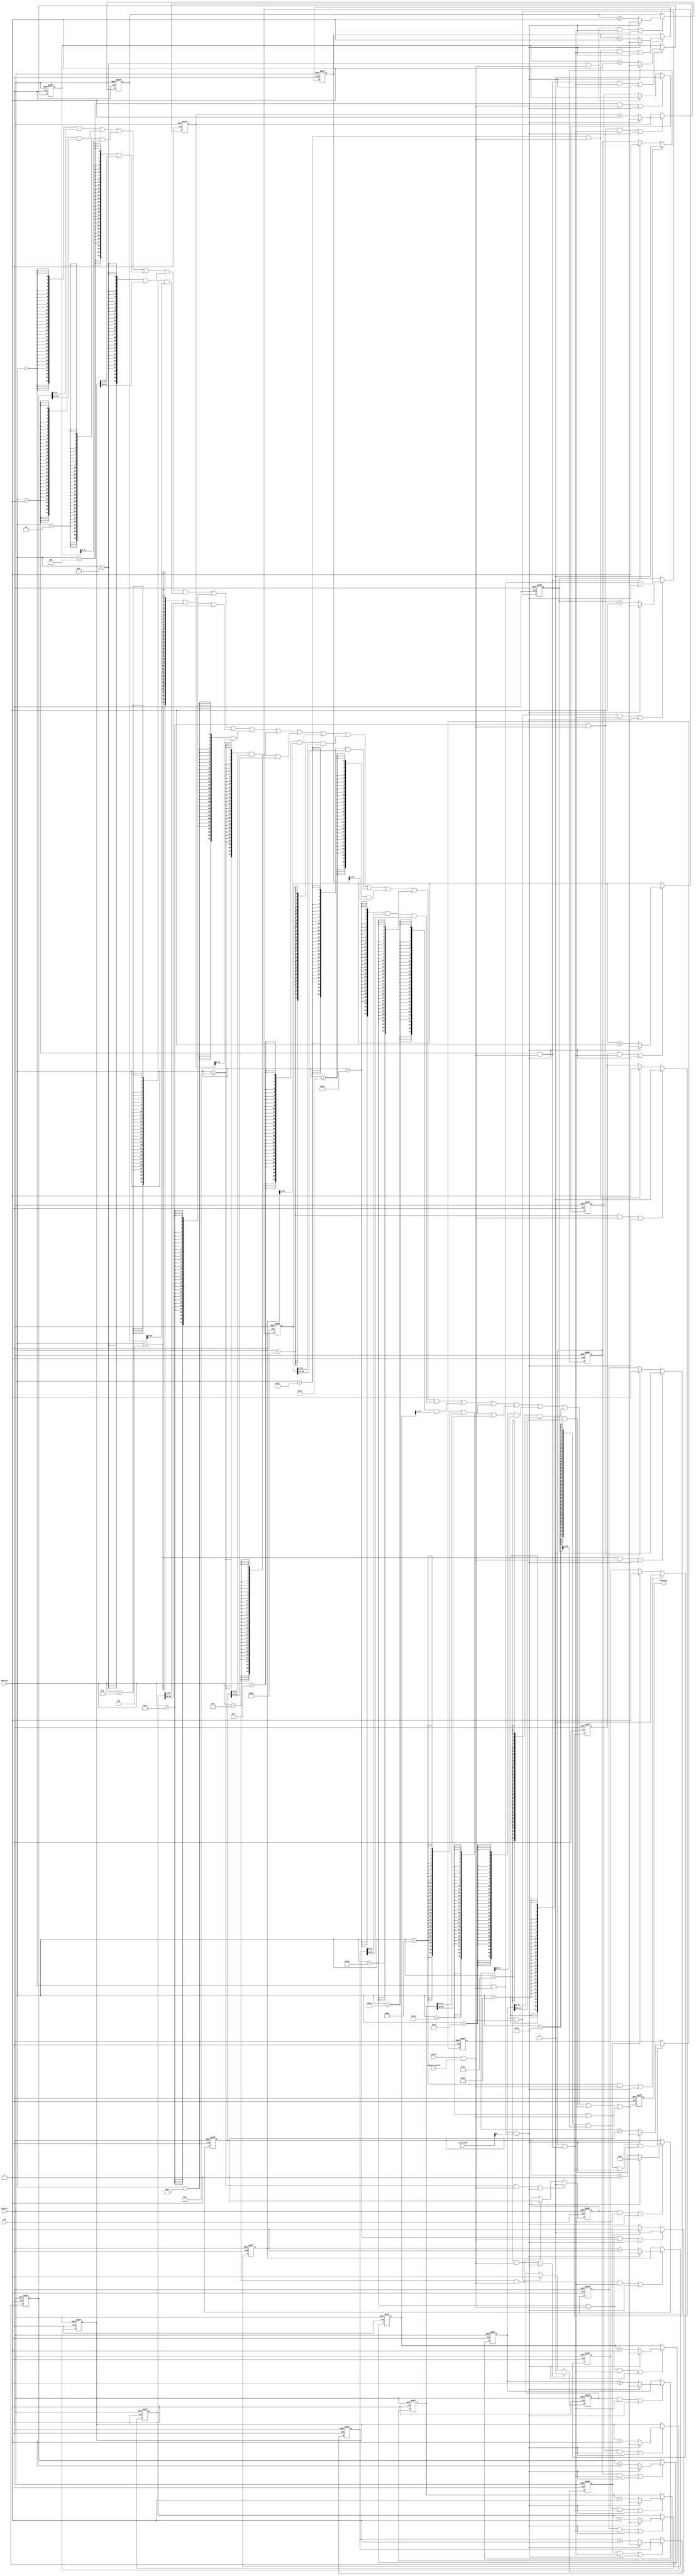
//Legal Notice: (C)2019 Altera Corporation. All rights reserved.  Your
//use of Altera Corporation's design tools, logic functions and other
//software and tools, and its AMPP partner logic functions, and any
//output files any of the foregoing (including device programming or
//simulation files), and any associated documentation or information are
//expressly subject to the terms and conditions of the Altera Program
//License Subscription Agreement or other applicable license agreement,
//including, without limitation, that your use is for the sole purpose
//of programming logic devices manufactured by Altera and sold by Altera
//or its authorized distributors.  Please refer to the applicable
//agreement for further details.

// synthesis translate_off
`timescale 1ns / 1ps
// synthesis translate_on

// turn off superfluous verilog processor warnings 
// altera message_level Level1 
// altera message_off 10034 10035 10036 10037 10230 10240 10030 

module nios_system_performance_counter_0 (
                                           // inputs:
                                            address,
                                            begintransfer,
                                            clk,
                                            reset_n,
                                            write,
                                            writedata,

                                           // outputs:
                                            readdata
                                         )
;

  output  [ 31: 0] readdata;
  input   [  4: 0] address;
  input            begintransfer;
  input            clk;
  input            reset_n;
  input            write;
  input   [ 31: 0] writedata;


wire             clk_en;
reg     [ 63: 0] event_counter_0;
reg     [ 63: 0] event_counter_1;
reg     [ 63: 0] event_counter_2;
reg     [ 63: 0] event_counter_3;
reg     [ 63: 0] event_counter_4;
reg     [ 63: 0] event_counter_5;
reg     [ 63: 0] event_counter_6;
reg     [ 63: 0] event_counter_7;
wire             global_enable;
wire             global_reset;
wire             go_strobe_0;
wire             go_strobe_1;
wire             go_strobe_2;
wire             go_strobe_3;
wire             go_strobe_4;
wire             go_strobe_5;
wire             go_strobe_6;
wire             go_strobe_7;
wire    [ 31: 0] read_mux_out;
reg     [ 31: 0] readdata;
wire             stop_strobe_0;
wire             stop_strobe_1;
wire             stop_strobe_2;
wire             stop_strobe_3;
wire             stop_strobe_4;
wire             stop_strobe_5;
wire             stop_strobe_6;
wire             stop_strobe_7;
reg     [ 63: 0] time_counter_0;
reg     [ 63: 0] time_counter_1;
reg     [ 63: 0] time_counter_2;
reg     [ 63: 0] time_counter_3;
reg     [ 63: 0] time_counter_4;
reg     [ 63: 0] time_counter_5;
reg     [ 63: 0] time_counter_6;
reg     [ 63: 0] time_counter_7;
reg              time_counter_enable_0;
reg              time_counter_enable_1;
reg              time_counter_enable_2;
reg              time_counter_enable_3;
reg              time_counter_enable_4;
reg              time_counter_enable_5;
reg              time_counter_enable_6;
reg              time_counter_enable_7;
wire             write_strobe;
  //control_slave, which is an e_avalon_slave
  assign clk_en = -1;
  assign write_strobe = write & begintransfer;
  always @(posedge clk or negedge reset_n)
    begin
      if (reset_n == 0)
          time_counter_0 <= 0;
      else if ((time_counter_enable_0 & global_enable) | global_reset)
          if (global_reset)
              time_counter_0 <= 0;
          else 
            time_counter_0 <= time_counter_0 + 1;
    end


  always @(posedge clk or negedge reset_n)
    begin
      if (reset_n == 0)
          event_counter_0 <= 0;
      else if ((go_strobe_0 & global_enable) | global_reset)
          if (global_reset)
              event_counter_0 <= 0;
          else 
            event_counter_0 <= event_counter_0 + 1;
    end


  assign stop_strobe_0 = (address == 0) && write_strobe;
  assign go_strobe_0 = (address == 1) && write_strobe;
  always @(posedge clk or negedge reset_n)
    begin
      if (reset_n == 0)
          time_counter_enable_0 <= 0;
      else if (clk_en)
          if (stop_strobe_0 | global_reset)
              time_counter_enable_0 <= 0;
          else if (go_strobe_0)
              time_counter_enable_0 <= -1;
    end


  assign global_enable = time_counter_enable_0 | go_strobe_0;
  assign global_reset = stop_strobe_0 && writedata[0];
  always @(posedge clk or negedge reset_n)
    begin
      if (reset_n == 0)
          time_counter_1 <= 0;
      else if ((time_counter_enable_1 & global_enable) | global_reset)
          if (global_reset)
              time_counter_1 <= 0;
          else 
            time_counter_1 <= time_counter_1 + 1;
    end


  always @(posedge clk or negedge reset_n)
    begin
      if (reset_n == 0)
          event_counter_1 <= 0;
      else if ((go_strobe_1 & global_enable) | global_reset)
          if (global_reset)
              event_counter_1 <= 0;
          else 
            event_counter_1 <= event_counter_1 + 1;
    end


  assign stop_strobe_1 = (address == 4) && write_strobe;
  assign go_strobe_1 = (address == 5) && write_strobe;
  always @(posedge clk or negedge reset_n)
    begin
      if (reset_n == 0)
          time_counter_enable_1 <= 0;
      else if (clk_en)
          if (stop_strobe_1 | global_reset)
              time_counter_enable_1 <= 0;
          else if (go_strobe_1)
              time_counter_enable_1 <= -1;
    end


  always @(posedge clk or negedge reset_n)
    begin
      if (reset_n == 0)
          time_counter_2 <= 0;
      else if ((time_counter_enable_2 & global_enable) | global_reset)
          if (global_reset)
              time_counter_2 <= 0;
          else 
            time_counter_2 <= time_counter_2 + 1;
    end


  always @(posedge clk or negedge reset_n)
    begin
      if (reset_n == 0)
          event_counter_2 <= 0;
      else if ((go_strobe_2 & global_enable) | global_reset)
          if (global_reset)
              event_counter_2 <= 0;
          else 
            event_counter_2 <= event_counter_2 + 1;
    end


  assign stop_strobe_2 = (address == 8) && write_strobe;
  assign go_strobe_2 = (address == 9) && write_strobe;
  always @(posedge clk or negedge reset_n)
    begin
      if (reset_n == 0)
          time_counter_enable_2 <= 0;
      else if (clk_en)
          if (stop_strobe_2 | global_reset)
              time_counter_enable_2 <= 0;
          else if (go_strobe_2)
              time_counter_enable_2 <= -1;
    end


  always @(posedge clk or negedge reset_n)
    begin
      if (reset_n == 0)
          time_counter_3 <= 0;
      else if ((time_counter_enable_3 & global_enable) | global_reset)
          if (global_reset)
              time_counter_3 <= 0;
          else 
            time_counter_3 <= time_counter_3 + 1;
    end


  always @(posedge clk or negedge reset_n)
    begin
      if (reset_n == 0)
          event_counter_3 <= 0;
      else if ((go_strobe_3 & global_enable) | global_reset)
          if (global_reset)
              event_counter_3 <= 0;
          else 
            event_counter_3 <= event_counter_3 + 1;
    end


  assign stop_strobe_3 = (address == 12) && write_strobe;
  assign go_strobe_3 = (address == 13) && write_strobe;
  always @(posedge clk or negedge reset_n)
    begin
      if (reset_n == 0)
          time_counter_enable_3 <= 0;
      else if (clk_en)
          if (stop_strobe_3 | global_reset)
              time_counter_enable_3 <= 0;
          else if (go_strobe_3)
              time_counter_enable_3 <= -1;
    end


  always @(posedge clk or negedge reset_n)
    begin
      if (reset_n == 0)
          time_counter_4 <= 0;
      else if ((time_counter_enable_4 & global_enable) | global_reset)
          if (global_reset)
              time_counter_4 <= 0;
          else 
            time_counter_4 <= time_counter_4 + 1;
    end


  always @(posedge clk or negedge reset_n)
    begin
      if (reset_n == 0)
          event_counter_4 <= 0;
      else if ((go_strobe_4 & global_enable) | global_reset)
          if (global_reset)
              event_counter_4 <= 0;
          else 
            event_counter_4 <= event_counter_4 + 1;
    end


  assign stop_strobe_4 = (address == 16) && write_strobe;
  assign go_strobe_4 = (address == 17) && write_strobe;
  always @(posedge clk or negedge reset_n)
    begin
      if (reset_n == 0)
          time_counter_enable_4 <= 0;
      else if (clk_en)
          if (stop_strobe_4 | global_reset)
              time_counter_enable_4 <= 0;
          else if (go_strobe_4)
              time_counter_enable_4 <= -1;
    end


  always @(posedge clk or negedge reset_n)
    begin
      if (reset_n == 0)
          time_counter_5 <= 0;
      else if ((time_counter_enable_5 & global_enable) | global_reset)
          if (global_reset)
              time_counter_5 <= 0;
          else 
            time_counter_5 <= time_counter_5 + 1;
    end


  always @(posedge clk or negedge reset_n)
    begin
      if (reset_n == 0)
          event_counter_5 <= 0;
      else if ((go_strobe_5 & global_enable) | global_reset)
          if (global_reset)
              event_counter_5 <= 0;
          else 
            event_counter_5 <= event_counter_5 + 1;
    end


  assign stop_strobe_5 = (address == 20) && write_strobe;
  assign go_strobe_5 = (address == 21) && write_strobe;
  always @(posedge clk or negedge reset_n)
    begin
      if (reset_n == 0)
          time_counter_enable_5 <= 0;
      else if (clk_en)
          if (stop_strobe_5 | global_reset)
              time_counter_enable_5 <= 0;
          else if (go_strobe_5)
              time_counter_enable_5 <= -1;
    end


  always @(posedge clk or negedge reset_n)
    begin
      if (reset_n == 0)
          time_counter_6 <= 0;
      else if ((time_counter_enable_6 & global_enable) | global_reset)
          if (global_reset)
              time_counter_6 <= 0;
          else 
            time_counter_6 <= time_counter_6 + 1;
    end


  always @(posedge clk or negedge reset_n)
    begin
      if (reset_n == 0)
          event_counter_6 <= 0;
      else if ((go_strobe_6 & global_enable) | global_reset)
          if (global_reset)
              event_counter_6 <= 0;
          else 
            event_counter_6 <= event_counter_6 + 1;
    end


  assign stop_strobe_6 = (address == 24) && write_strobe;
  assign go_strobe_6 = (address == 25) && write_strobe;
  always @(posedge clk or negedge reset_n)
    begin
      if (reset_n == 0)
          time_counter_enable_6 <= 0;
      else if (clk_en)
          if (stop_strobe_6 | global_reset)
              time_counter_enable_6 <= 0;
          else if (go_strobe_6)
              time_counter_enable_6 <= -1;
    end


  always @(posedge clk or negedge reset_n)
    begin
      if (reset_n == 0)
          time_counter_7 <= 0;
      else if ((time_counter_enable_7 & global_enable) | global_reset)
          if (global_reset)
              time_counter_7 <= 0;
          else 
            time_counter_7 <= time_counter_7 + 1;
    end


  always @(posedge clk or negedge reset_n)
    begin
      if (reset_n == 0)
          event_counter_7 <= 0;
      else if ((go_strobe_7 & global_enable) | global_reset)
          if (global_reset)
              event_counter_7 <= 0;
          else 
            event_counter_7 <= event_counter_7 + 1;
    end


  assign stop_strobe_7 = (address == 28) && write_strobe;
  assign go_strobe_7 = (address == 29) && write_strobe;
  always @(posedge clk or negedge reset_n)
    begin
      if (reset_n == 0)
          time_counter_enable_7 <= 0;
      else if (clk_en)
          if (stop_strobe_7 | global_reset)
              time_counter_enable_7 <= 0;
          else if (go_strobe_7)
              time_counter_enable_7 <= -1;
    end


  assign read_mux_out = ({32 {(address == 0)}} & time_counter_0[31 : 0]) |
    ({32 {(address == 1)}} & time_counter_0[63 : 32]) |
    ({32 {(address == 2)}} & event_counter_0) |
    ({32 {(address == 4)}} & time_counter_1[31 : 0]) |
    ({32 {(address == 5)}} & time_counter_1[63 : 32]) |
    ({32 {(address == 6)}} & event_counter_1) |
    ({32 {(address == 8)}} & time_counter_2[31 : 0]) |
    ({32 {(address == 9)}} & time_counter_2[63 : 32]) |
    ({32 {(address == 10)}} & event_counter_2) |
    ({32 {(address == 12)}} & time_counter_3[31 : 0]) |
    ({32 {(address == 13)}} & time_counter_3[63 : 32]) |
    ({32 {(address == 14)}} & event_counter_3) |
    ({32 {(address == 16)}} & time_counter_4[31 : 0]) |
    ({32 {(address == 17)}} & time_counter_4[63 : 32]) |
    ({32 {(address == 18)}} & event_counter_4) |
    ({32 {(address == 20)}} & time_counter_5[31 : 0]) |
    ({32 {(address == 21)}} & time_counter_5[63 : 32]) |
    ({32 {(address == 22)}} & event_counter_5) |
    ({32 {(address == 24)}} & time_counter_6[31 : 0]) |
    ({32 {(address == 25)}} & time_counter_6[63 : 32]) |
    ({32 {(address == 26)}} & event_counter_6) |
    ({32 {(address == 28)}} & time_counter_7[31 : 0]) |
    ({32 {(address == 29)}} & time_counter_7[63 : 32]) |
    ({32 {(address == 30)}} & event_counter_7);

  always @(posedge clk or negedge reset_n)
    begin
      if (reset_n == 0)
          readdata <= 0;
      else if (clk_en)
          readdata <= read_mux_out;
    end



endmodule